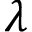
\lambda